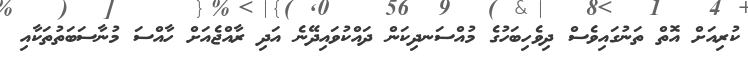
ކުރިއަށް އޮތް ތަނުގައިވެސް ދިވެހިބަހުގެ މުއްސަނދިކަން ދައްކުވައިދޭނެ އަދި ރާއްޖެއަށް ހާއްސަ މުނާސަބަތުތަކާއި